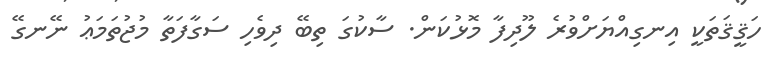
ހަޤީޤަތަކީ އިނގިއްޔަށްވުރެ ލޫދިފާ މޮޅުކަން. ސާކުގަ ތިބޭ ދިވެހި ސަގާފަތާ މުޖުތަމަޢު ނޭނގޭ